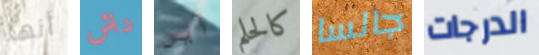
أنها داش أين كالحلم جالسا الدرجات